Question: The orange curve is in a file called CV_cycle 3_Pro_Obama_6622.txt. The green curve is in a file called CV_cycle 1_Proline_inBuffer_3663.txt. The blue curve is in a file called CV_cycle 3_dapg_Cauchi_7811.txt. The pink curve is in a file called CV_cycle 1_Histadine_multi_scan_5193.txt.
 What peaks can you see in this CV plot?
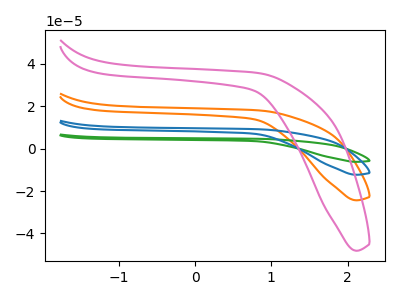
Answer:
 <answer>The orange curve "Pro cycle 3" has no peaks. The green curve "Proline cycle 1" has no peaks. The blue curve "dapg cycle 3" has no peaks. The pink curve "Histadine cycle 1" has no peaks.</answer>
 <eval></eval>